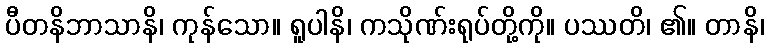
ပီတနိဘာသာနိ၊ ကုန်သော။ ရူပါနိ၊ ကသိုဏ်းရုပ်တို့ကို။ ပဿတိ၊ ၏။ တာနိ၊